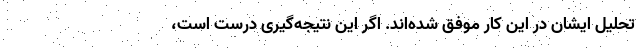
تحلیل ایشان در این کار موفق شده‌اند. اگر این نتیجه‌گیری درست است،